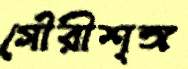
গৌরীশৃঙ্গ